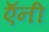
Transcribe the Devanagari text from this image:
ऍनी